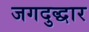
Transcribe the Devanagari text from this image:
जगदुद्धार